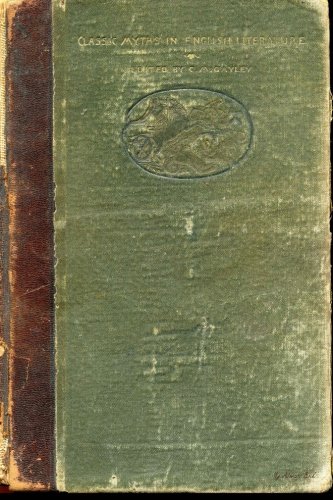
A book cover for My Address Book: Greenish Old Dial, 6 x 9, 111 pages; My Address Book; Humor & Entertainment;